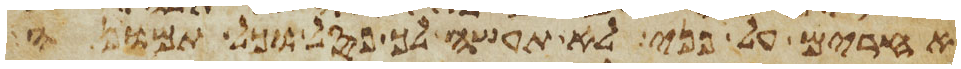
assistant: אחרים על פני לא תעשה לך פסל וכל תמונה